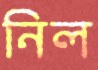
নিল